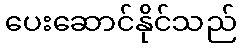
ပေးဆောင်နိုင်သည်